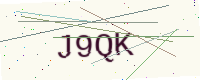
Text: J9QK